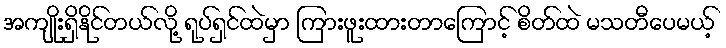
အကျိုးရှိနိုင်တယ်လို့ ရုပ်ရှင်ထဲမှာ ကြားဖူးထားတာကြောင့် စိတ်ထဲ မသတီပေမယ့်